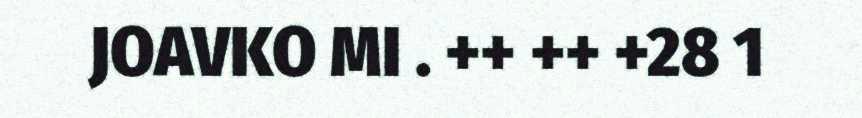
JOAVKO MI . ++ ++ +28 1